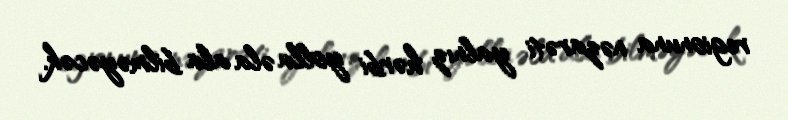
regionuna nəzarəti yalnız hərbi yolla əla ala bilməyəcək.